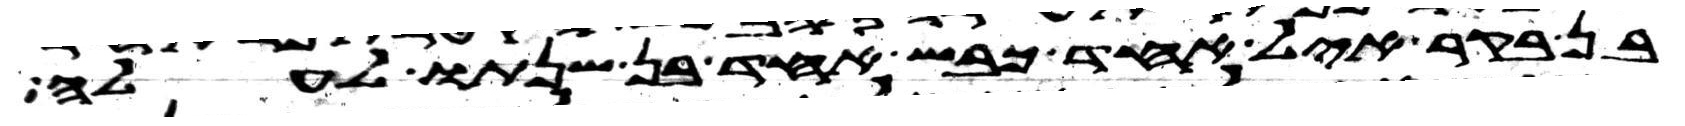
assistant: בן בקר איל אחד כבש אחד בן שנתו לעלה